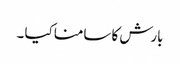
بارش کا سامنا کیا ۔